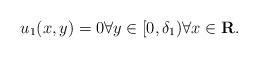
LaTeX: \begin{align*} u_1(x,y)=0 \forall y \in [0,\delta_1) \forall x \in {\bf R}.\end{align*}